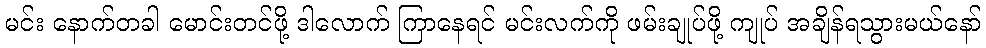
မင်း နောက်တခါ မောင်းတင်ဖို့ ဒါလောက် ကြာနေရင် မင်းလက်ကို ဖမ်းချုပ်ဖို့ ကျုပ် အချိန်ရသွားမယ်နော်